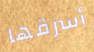
أسرقها